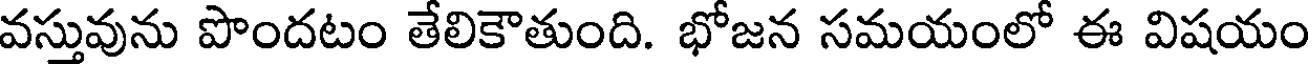
వస్తువును పొందటం తేలికౌతుంది. భోజన సమయంలో ఈ విషయం